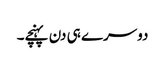
دوسرے ہی دن پہنچے۔